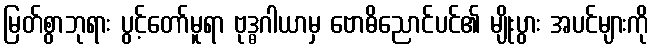
မြတ်စွာဘုရား ပွင့်တော်မူရာ ဗုဒ္ဓဂါယာမှ ဗောဓိညောင်ပင်၏ မျိုးပွား အပင်များကို